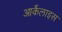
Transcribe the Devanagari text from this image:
आर्केलाइस